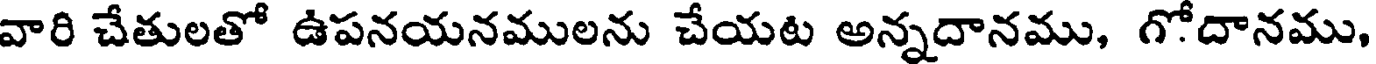
వారి చేతులతో ఉపనయనములను చేయట అన్నదానము, గోదానము,